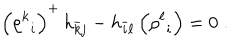
\Bigl ( { \rho ^ { k } } _ { i } \Bigr ) ^ { + } \, h _ { \bar { k } j } - h _ { \bar { i } \ell } \, \Bigl ( { \rho ^ { \ell } } _ { i } \Bigr ) = 0 \; .